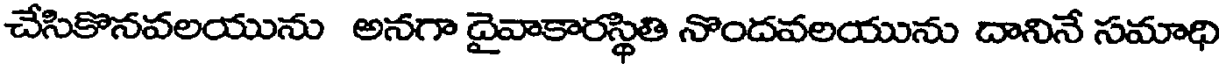
చేసికొనవలయును అనగా దైవాకారస్థితి నొందవలయును దానినే సమాధి